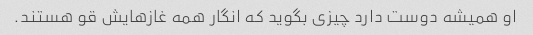
او همیشه دوست دارد چیزی بگوید که انگار همه غازهایش قو هستند.